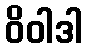
ဝိဝါဒါ